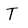
Character: T